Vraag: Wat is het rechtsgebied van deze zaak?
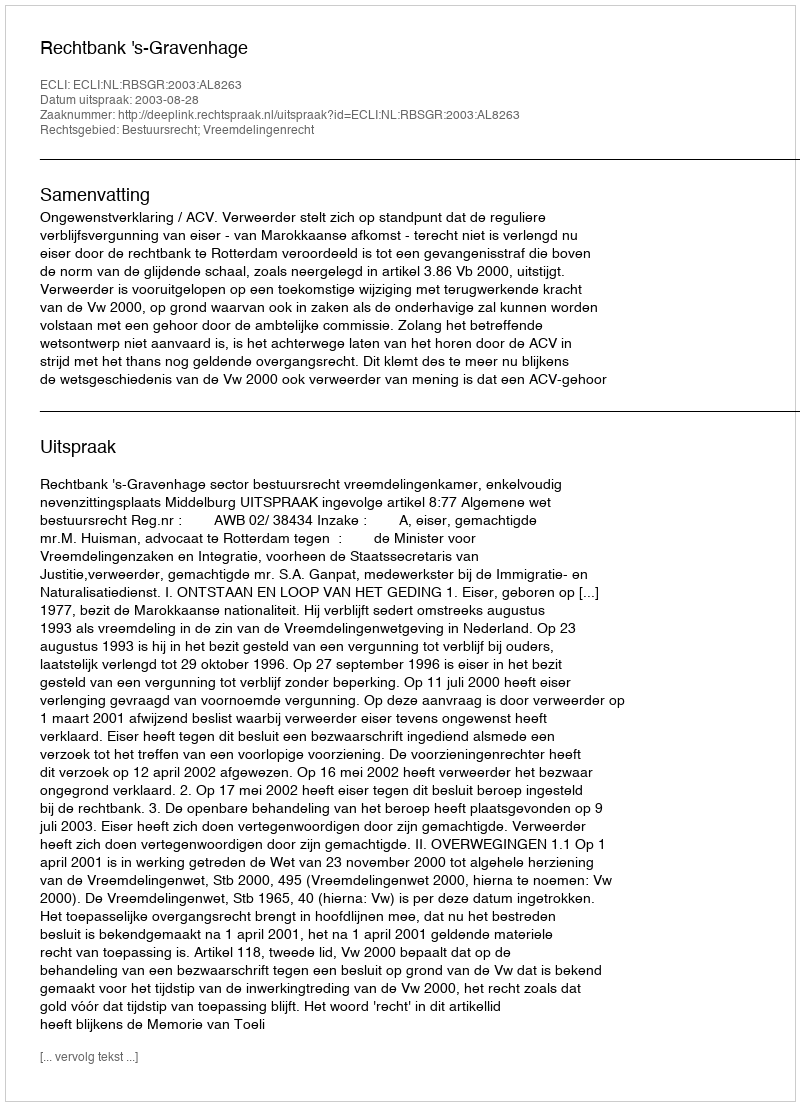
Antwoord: Bestuursrecht; Vreemdelingenrecht